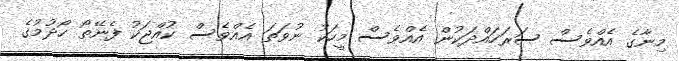
މިނާގެ އެއްވެސް ސަރަހައްދަކުން އެއްވެސް މީހަކު ނުވަތަ އެއްވެސް ކުއްޖަކު ފެނޭތޯ ހޯދުމުގެ